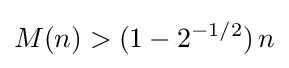
M(n)>(1-2^{-1/2})\,n